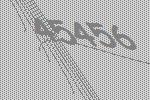
45456